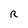
Character: R